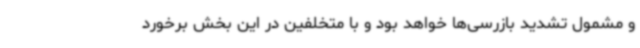
و مشمول تشدید بازرسی‌ها خواهد بود و با متخلفین در این بخش برخورد